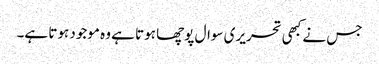
جس نے کبھی تحریری سوال پوچھا ہوتا ہے وہ موجود ہوتا ہے۔